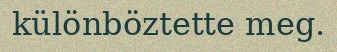
különböztette meg.